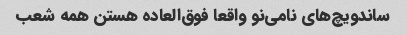
ساندویچ‌های نامی‌نو واقعا فوق‌العاده هستن همه شعب